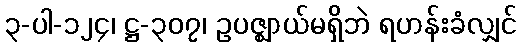
၃-ပါ-၁၂၄၊ ဋ္ဌ-၃၀၇၊ ဥပဇ္ဈာယ်မရှိဘဲ ရဟန်းခံလျှင်